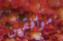
موافقين